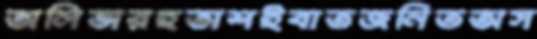
অলিভারহতাশইবাতজনিতঅস